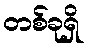
တစ်ခုရှိ